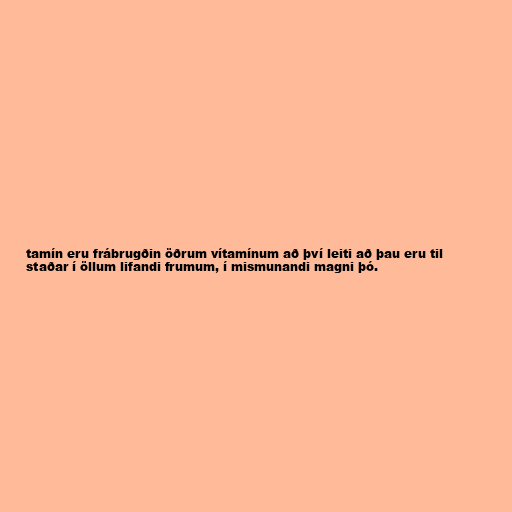
tamín eru frábrugðin öðrum vítamínum að því leiti að þau eru til
staðar í öllum lifandi frumum, í mismunandi magni þó.